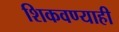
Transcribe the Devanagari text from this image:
शिकवण्याही